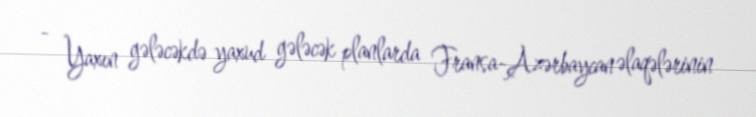
- Yaxın gələcəkdə yaxud gələcək planlarda Fransa-Azərbaycan əlaqələrinin